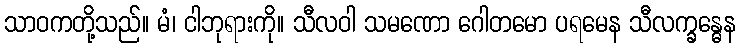
သာဝကတို့သည်။ မံ၊ ငါဘုရားကို။ သီလဝါ သမဏော ဂေါတမော ပရမေန သီလက္ခန္ဓေန